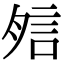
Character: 𧦇